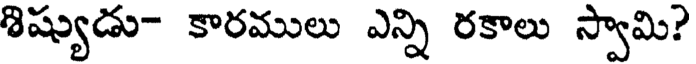
శిష్యుడు- కారములు ఎన్ని రకాలు స్వామి?